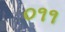
૦૧૧